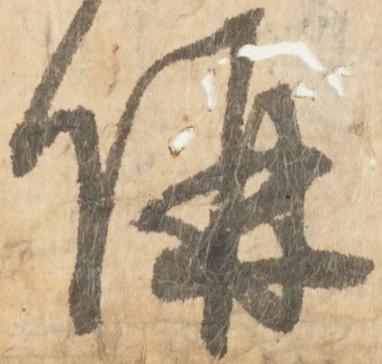
併